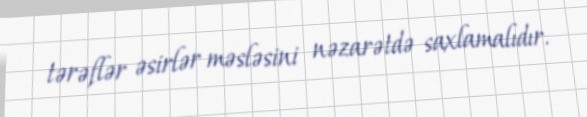
tərəflər əsirlər məsləsini nəzarətdə saxlamalıdır.